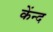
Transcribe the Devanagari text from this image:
केंन्द